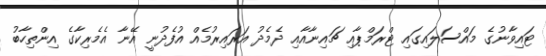
ޓައިވާނުގެ މައްސަލައިގައި ޓްރަމްޕާއި ޗައިނާއާއި ދެމެދު އަރައިރުމެއް އުފެދުނީ އޭނާ އެމެރިކާގެ އިންތިހާބު